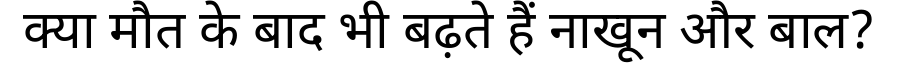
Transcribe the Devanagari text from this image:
क्या मौत के बाद भी बढ़ते हैं नाखून और बाल?